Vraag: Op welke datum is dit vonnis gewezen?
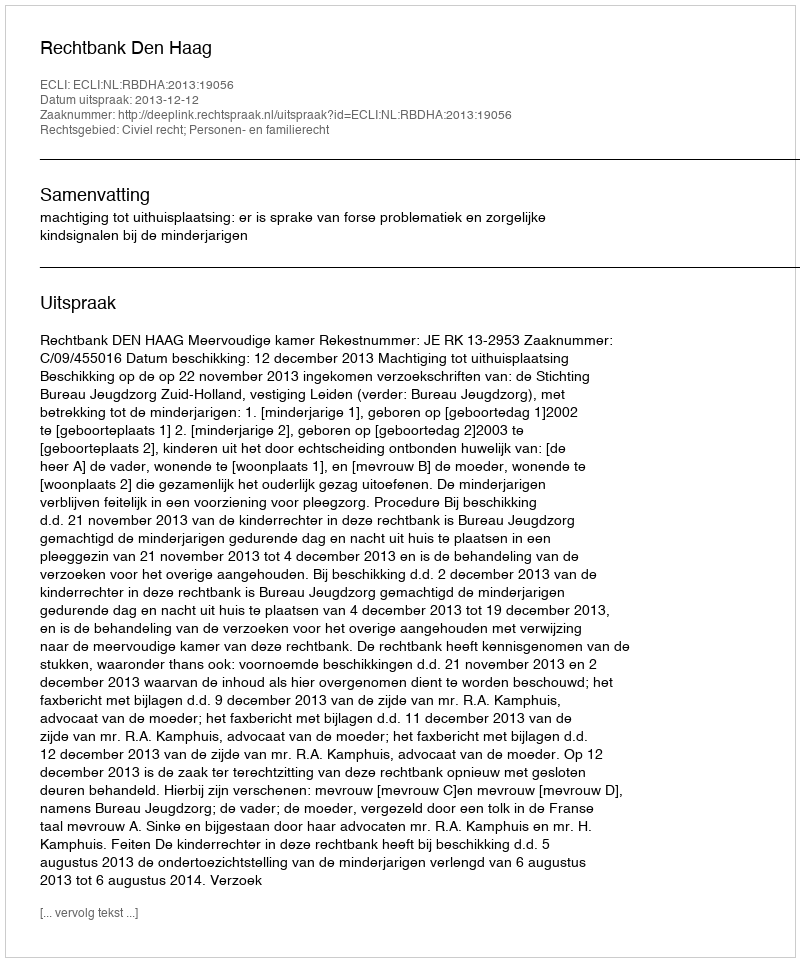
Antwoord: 2013-12-12